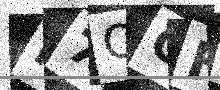
Text: H7OOFP